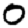
Digit: 0